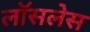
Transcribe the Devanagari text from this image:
लॉसलेस